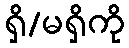
ရှိ/မရှိကို